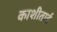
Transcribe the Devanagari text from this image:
काशीताई